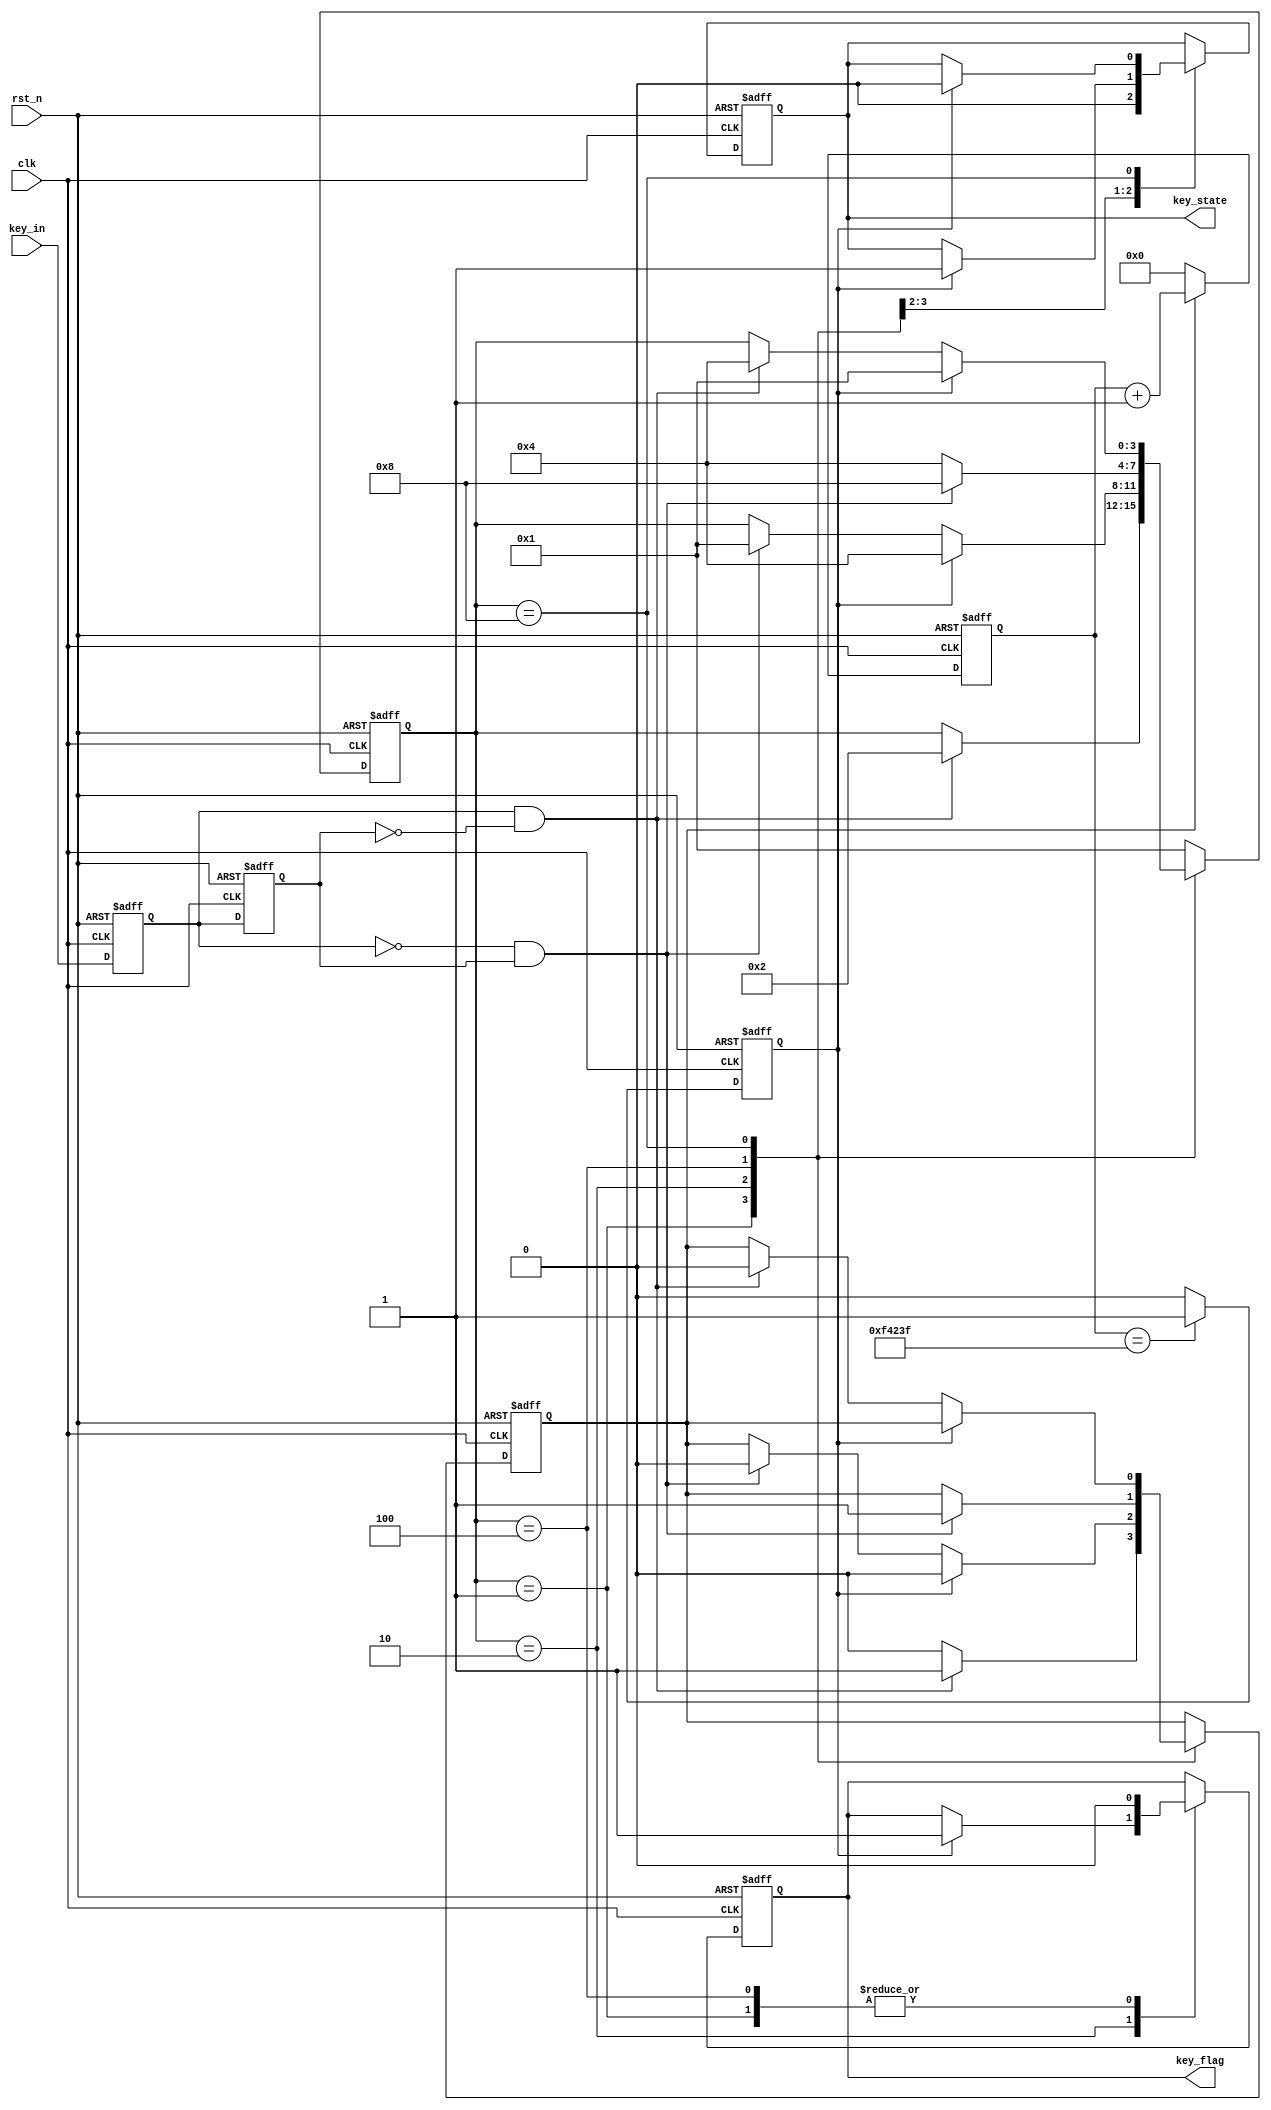
module filter(clk,rst_n,key_in,key_flag,key_state
	);
//
input   clk;        //50MHz
input   rst_n;      //
input   key_in;     //
 
output  key_state;    //
output  key_flag;       /**/
 
//
parameter   IDLE 	= 4'b0001,
		 	FILTER0 = 4'b0010,
		 	DOWN 	= 4'b0100,
		 	FILTER1	= 4'b1000;
parameter   full_cnt = 20'd999_999; //
//
reg [3:0] state;
reg key_flag;
reg key_state;
reg cnt_full;
reg [19:0] cnt;
reg en_counter;
//
reg key_tmp0,key_tmp1;
always@(posedge clk or negedge rst_n)
begin
	if(!rst_n)
	begin
		key_tmp0 <= 1'b1;
		key_tmp1 <= 1'b1;
	end
	else 
	begin
		key_tmp0 <= key_in;
		key_tmp1 <= key_tmp0;
	end
end
wire pedge,nedge;
assign nedge = (!key_tmp0) &  key_tmp1;        //
assign pedge = key_tmp0  & (!key_tmp1);        //
 
// 
always@(posedge clk or negedge rst_n)
begin
	if(!rst_n)
		begin
			state <= IDLE;
			en_counter <= 1'b0;
			key_state <= 1'b0;
			key_flag <= 1'b0;
		end
	else 
	begin
		case(state)
			IDLE:
			begin
				key_flag <= 1'b0;
				key_state <= 1'b0;
				en_counter <= 1'b0;
				if(pedge)        //
					begin
						state <= FILTER0;
						en_counter <= 1'b1;
					end
				else 
					state <= state;    
			end
			FILTER0:
				if(cnt_full)        //
					begin
						state <= DOWN;
						en_counter <= 1'b0;
						key_flag <= 1'b1;
						key_state <= 1'b1;
					end
				else if(nedge)        //idle
						begin
							en_counter <= 1'b0;
							state <= IDLE;
						end
					 else 
					 	state <= state;
			DOWN:
				begin
					key_flag <= 1'b0;
					if(nedge)
						begin
							state <= FILTER1;
							en_counter <= 1'b1;
						end
					else 
						state <= DOWN;
				end
			FILTER1:
				if(cnt_full)
					begin
						state <= IDLE;
						//key_flag <= 1'b1;
						key_state <= 1'b0;
					end
				else 
					if(pedge)
						begin
					 		en_counter <= 1'b0;
					 		state <= DOWN;					 		
					 	end 
					else 
						state <= state;
			default:
				state <= IDLE;
			endcase
	end
end
 
//20ms
//999_999
always@(posedge clk or negedge rst_n)
begin
	if(!rst_n)
		cnt <= 20'd0;
	else if(en_counter)
			cnt <= cnt + 1'b1;
		 else 
   		 	cnt <= 20'd0;
end
// 10ms
always@(posedge clk or negedge rst_n)
begin
	if(!rst_n)
		cnt_full <= 1'b0;
	else if(cnt == full_cnt)
			cnt_full <= 1'b1;
		 else 
		 	cnt_full <= 1'b0;
end
 
endmodule